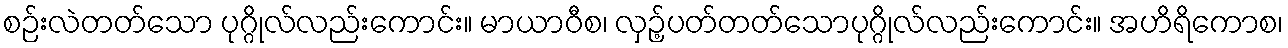
စဉ်းလဲတတ်သော ပုဂ္ဂိုလ်လည်းကောင်း။ မာယာဝီစ၊ လှဉ့်ပတ်တတ်သောပုဂ္ဂိုလ်လည်းကောင်း။ အဟိရိကောစ၊